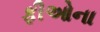
ફીઓના